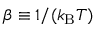
\beta \equiv 1 / ( k _ { \mathrm { B } } T )